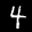
Label: 4